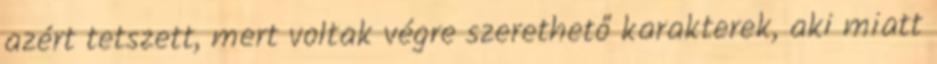
azért tetszett, mert voltak végre szerethető karakterek, aki miatt